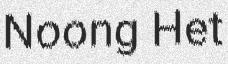
Noong Het